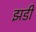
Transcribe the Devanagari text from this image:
झडी